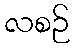
လစဉ်